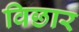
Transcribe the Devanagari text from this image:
विछार